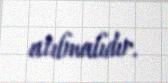
atılmalıdır.